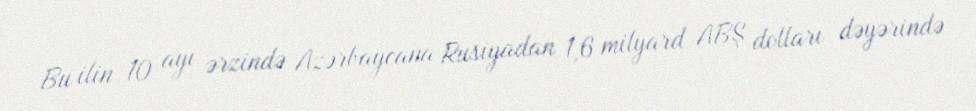
Bu ilin 10 ayı ərzində Azərbaycana Rusiyadan 1,6 milyard ABŞ dolları dəyərində